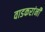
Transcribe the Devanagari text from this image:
वाडकरांनी